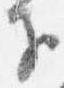
子